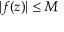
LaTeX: | f ( z ) | \leq M